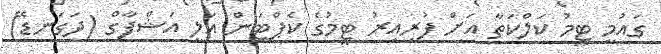
ގައުމީ ޓީމު ކަލްކަތާ އަށް ފުރިއިރު ޓީމުގެ ކެޕްޓަން އަލީ އަޝްފާގް (ދަގަނޑޭ)